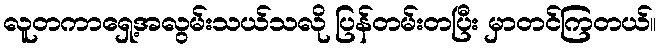
လူတကာရှေ့အလွမ်းသယ်သလို ပြန်တမ်းတပြီး မှာတင်ကြတယ်။